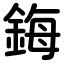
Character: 鋂